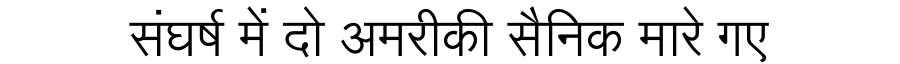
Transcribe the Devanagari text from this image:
संघर्ष में दो अमरीकी सैनिक मारे गए